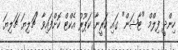
ހިންދީ ފިލްމް "ޓާޝަން" ގައި ކަރީނާ ކަޕޫރު އެކްޓް ކޮށްފައިވާ "ޗަލިޔަ ޗަލިޔަ